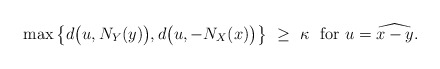
\begin{align*}\max \big\{ d\big(u,N_Y(y)\big) , d\big(u,-N_X(x)\big) \big\} ~\ge~ \kappa ~~ \mbox{for} ~ u = \widehat{x-y}.\end{align*}